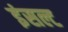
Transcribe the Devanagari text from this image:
इंसल्ट